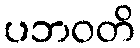
ပဘဝတိ